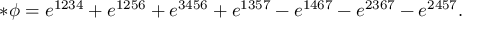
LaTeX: * \phi = e ^ { 1 2 3 4 } + e ^ { 1 2 5 6 } + e ^ { 3 4 5 6 } + e ^ { 1 3 5 7 } - e ^ { 1 4 6 7 } - e ^ { 2 3 6 7 } - e ^ { 2 4 5 7 } .